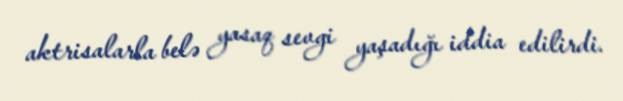
aktrisalarla belə yasaq sevgi yaşadığı iddia edilirdi.